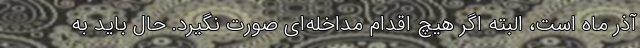
آذر ماه است، البته اگر هیچ اقدام مداخله‌ای صورت نگیرد. حال باید به